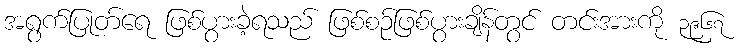
အရွက်ပြုတ်ရေ ဖြစ်ပွားခဲ့ရသည် ဖြစ်စဉ်ဖြစ်ပွားချိန်တွင် တင်းအားကို ၃၉၆၇